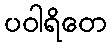
ပဝါရိတေ